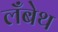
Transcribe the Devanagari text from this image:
लँबेथ